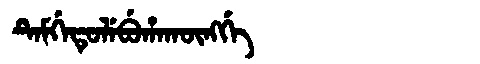
Manchu: ᡨᡝᠮᡤᡝᡨᡠᠯᡝᠪᡠᡥᠠᡴᡡᠩᡤᡝ
Romanization: TEMGETULEBUHAKŪNGGE